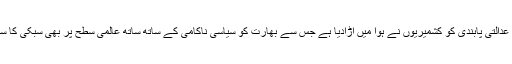
مگر اس عدالتی پابندی کو کشمیریوں نے ہوا میں اڑادیا ہے جس سے بھارت کو سیاسی ناکامی کے ساتھ ساتھ عالمی سطح پر بھی سبکی کا سامنا ہے۔